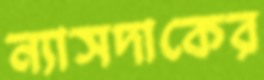
ন্যাসদাকের